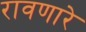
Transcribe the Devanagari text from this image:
रावणारे